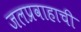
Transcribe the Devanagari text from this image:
जलप्रवाहाची